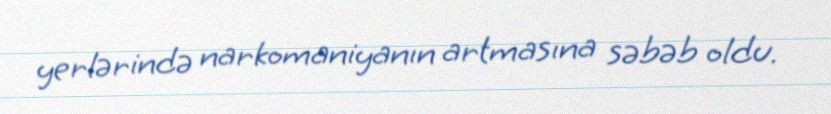
yerlərində narkomaniyanın artmasına səbəb oldu.